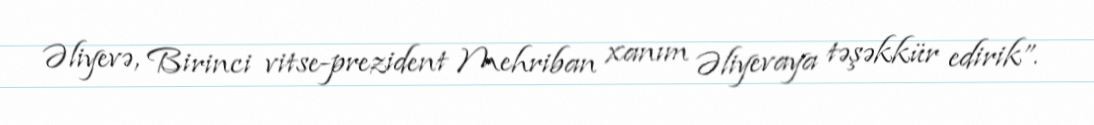
Əliyevə, Birinci vitse-prezident Mehriban xanım Əliyevaya təşəkkür edirik”.